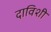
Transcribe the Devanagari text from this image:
दाविशी